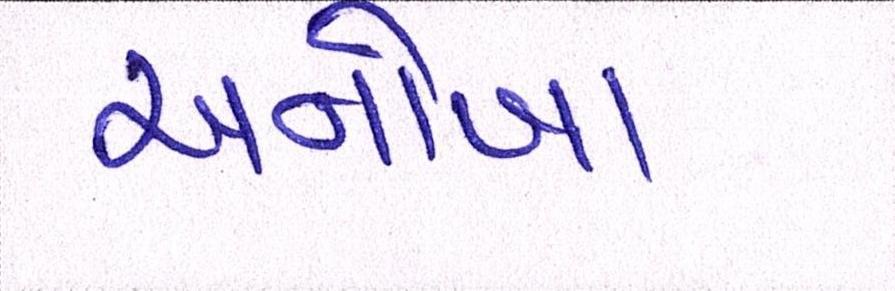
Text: અનોખા